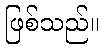
ဖြစ်သည်။